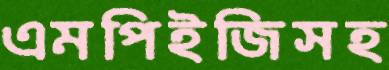
এমপিইজিসহ